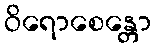
ဝိရောစေန္တော